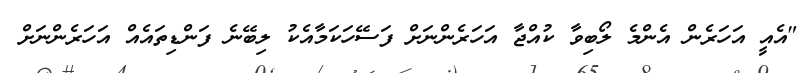
"އެއީ އަހަރެން އެންމެ ލޯބިވާ ކުއްޖާ އަހަރެންނަށް ފަސޭހަކަމާއެކު ލިބޭނެ ފަންޑިތައެއް އަހަރެންނަށް